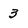
Character: 3